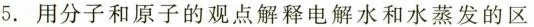
5.用分子和原子的观点解释电解水和水蒸发的区